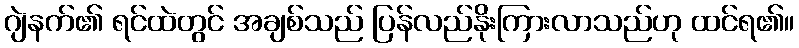
ဂျဲနက်၏ ရင်ထဲတွင် အချစ်သည် ပြန်လည်နိုးကြားလာသည်ဟု ထင်ရ၏။